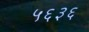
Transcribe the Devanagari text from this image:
५६३६